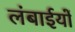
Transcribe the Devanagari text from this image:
लंबाईयों